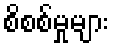
စိစစ်မှုများ